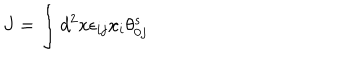
J = \int d ^ { 2 } x \epsilon _ { i j } x _ { i } \theta _ { 0 j } ^ { s }